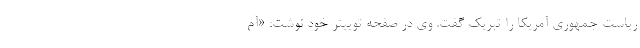
ریاست جمهوری آمریکا را تبریک گفت. وی در صفحه توییتر خود نوشت: «آم